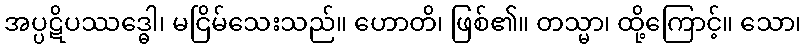
အပ္ပဋိပဿဒ္ဓေါ၊ မငြိမ်သေးသည်။ ဟောတိ၊ ဖြစ်၏။ တသ္မာ၊ ထို့ကြောင့်။ သော၊